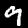
Digit: 9